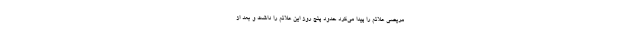
مریضی علائم را پیدا می‌کرد حدود پنج روز این علائم را داشت و بعد از